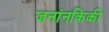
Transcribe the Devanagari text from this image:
जनांनकिकी